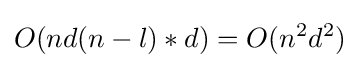
O(nd(n-l)*d)=O(n^{2}d^{2})